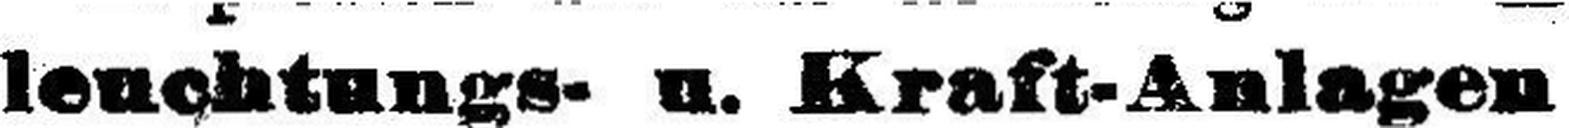
leuchtungs- u. Kraft-Anlagen